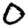
Digit: 0